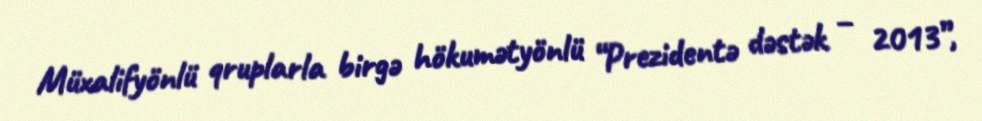
Müxalifyönlü qruplarla birgə hökumətyönlü “Prezidentə dəstək – 2013”,